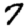
Digit: 7